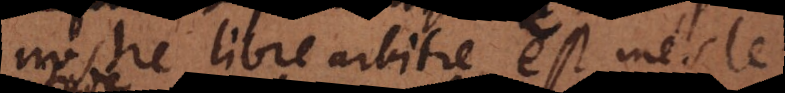
nostre libre arbitre est méslé